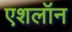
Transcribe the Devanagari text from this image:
एशलॉन